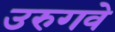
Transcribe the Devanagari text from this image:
उरुगवे